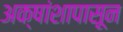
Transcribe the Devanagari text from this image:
अक्षांशापासून